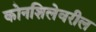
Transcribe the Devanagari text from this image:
कोनशिलेवरील